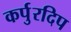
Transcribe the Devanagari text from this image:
कर्पुरदिप